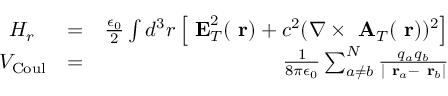
\begin{array} { r l r } { H _ { r } \; \; } & { = } & { \frac { \epsilon _ { 0 } } { 2 } \int d ^ { 3 } r \left[ \mathrm { \bf ~ E } _ { T } ^ { 2 } ( \mathrm { \bf ~ r } ) + c ^ { 2 } ( \nabla \times \mathrm { \bf ~ A } _ { T } ( \mathrm { \bf ~ r } ) ) ^ { 2 } \right] } \\ { V _ { \mathrm { C o u l } } } & { = } & { \frac { 1 } { 8 \pi \epsilon _ { 0 } } \sum _ { a \ne b } ^ { N } \frac { q _ { a } q _ { b } } { | \mathrm { \bf ~ r } _ { a } - \mathrm { \bf ~ r } _ { b } | } } \end{array}